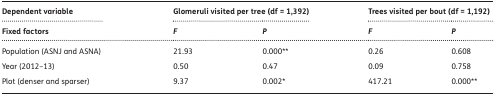
<table><thead><tr><td><b>Dependent variable</b></td><td colspan="2"><b>Glomeruli visited per tree (df = 1,392)</b></td><td colspan="2"><b>Trees visited per bout (df = 1,192)</b></td></tr><tr><td><b>Fixed factors</b></td><td><b><i>F</i></b></td><td><b><i>P</i></b></td><td><b><i>F</i></b></td><td><b><i>P</i></b></td></tr></thead><tbody><tr><td>Population (ASNJ and ASNA)</td><td>21.93</td><td>0.000**</td><td>0.26</td><td>0.608</td></tr><tr><td>Year (2012–13)</td><td>0.50</td><td>0.47</td><td>0.09</td><td>0.758</td></tr><tr><td>Plot (denser and sparser)</td><td>9.37</td><td>0.002*</td><td>417.21</td><td>0.000**</td></tr></tbody></table>